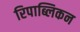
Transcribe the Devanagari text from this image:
रिपाब्लिकन